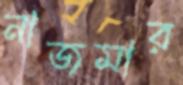
নাজমার